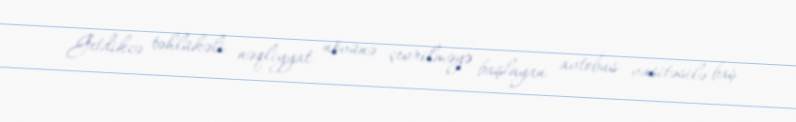
Getdikcə təhlükəli nəqliyyat növünə çevrilməyə başlayan avtobus vasitəsilə baş